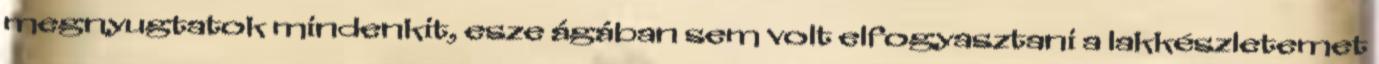
megnyugtatok mindenkit, esze ágában sem volt elfogyasztani a lakkészletemet